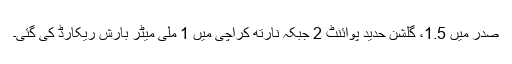
صدر میں 1.5، گلشن حدید پوائنٹ 2 جبکہ نارتھ کراچی میں 1 ملی میٹر بارش ریکارڈ کی گئی۔